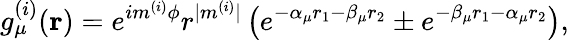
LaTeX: g_{\mu}^{(i)}(\mathbf{r})=e^{im^{(i)}\phi}r^{|m^{(i)}|}\left(e^{-\alpha_{\mu}r_{1}-\beta_{\mu}r_{2}}\pm e^{-\beta_{\mu}r_{1}-\alpha_{\mu}r_{2}}\right),